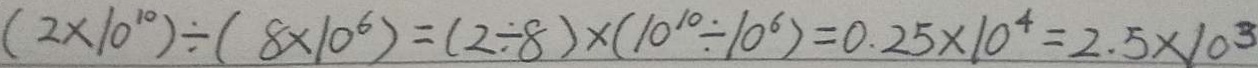
( 2 \times 1 0 ^ { 1 0 } ) \div ( 8 \times 1 0 ^ { 6 } ) = ( 2 \div 8 ) \times ( 1 0 ^ { 1 0 } \div 1 0 ^ { 6 } ) = 0 . 2 5 \times 1 0 ^ { 4 } = 2 . 5 \times 1 0 ^ { 3 }